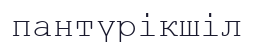
пантүрікшіл